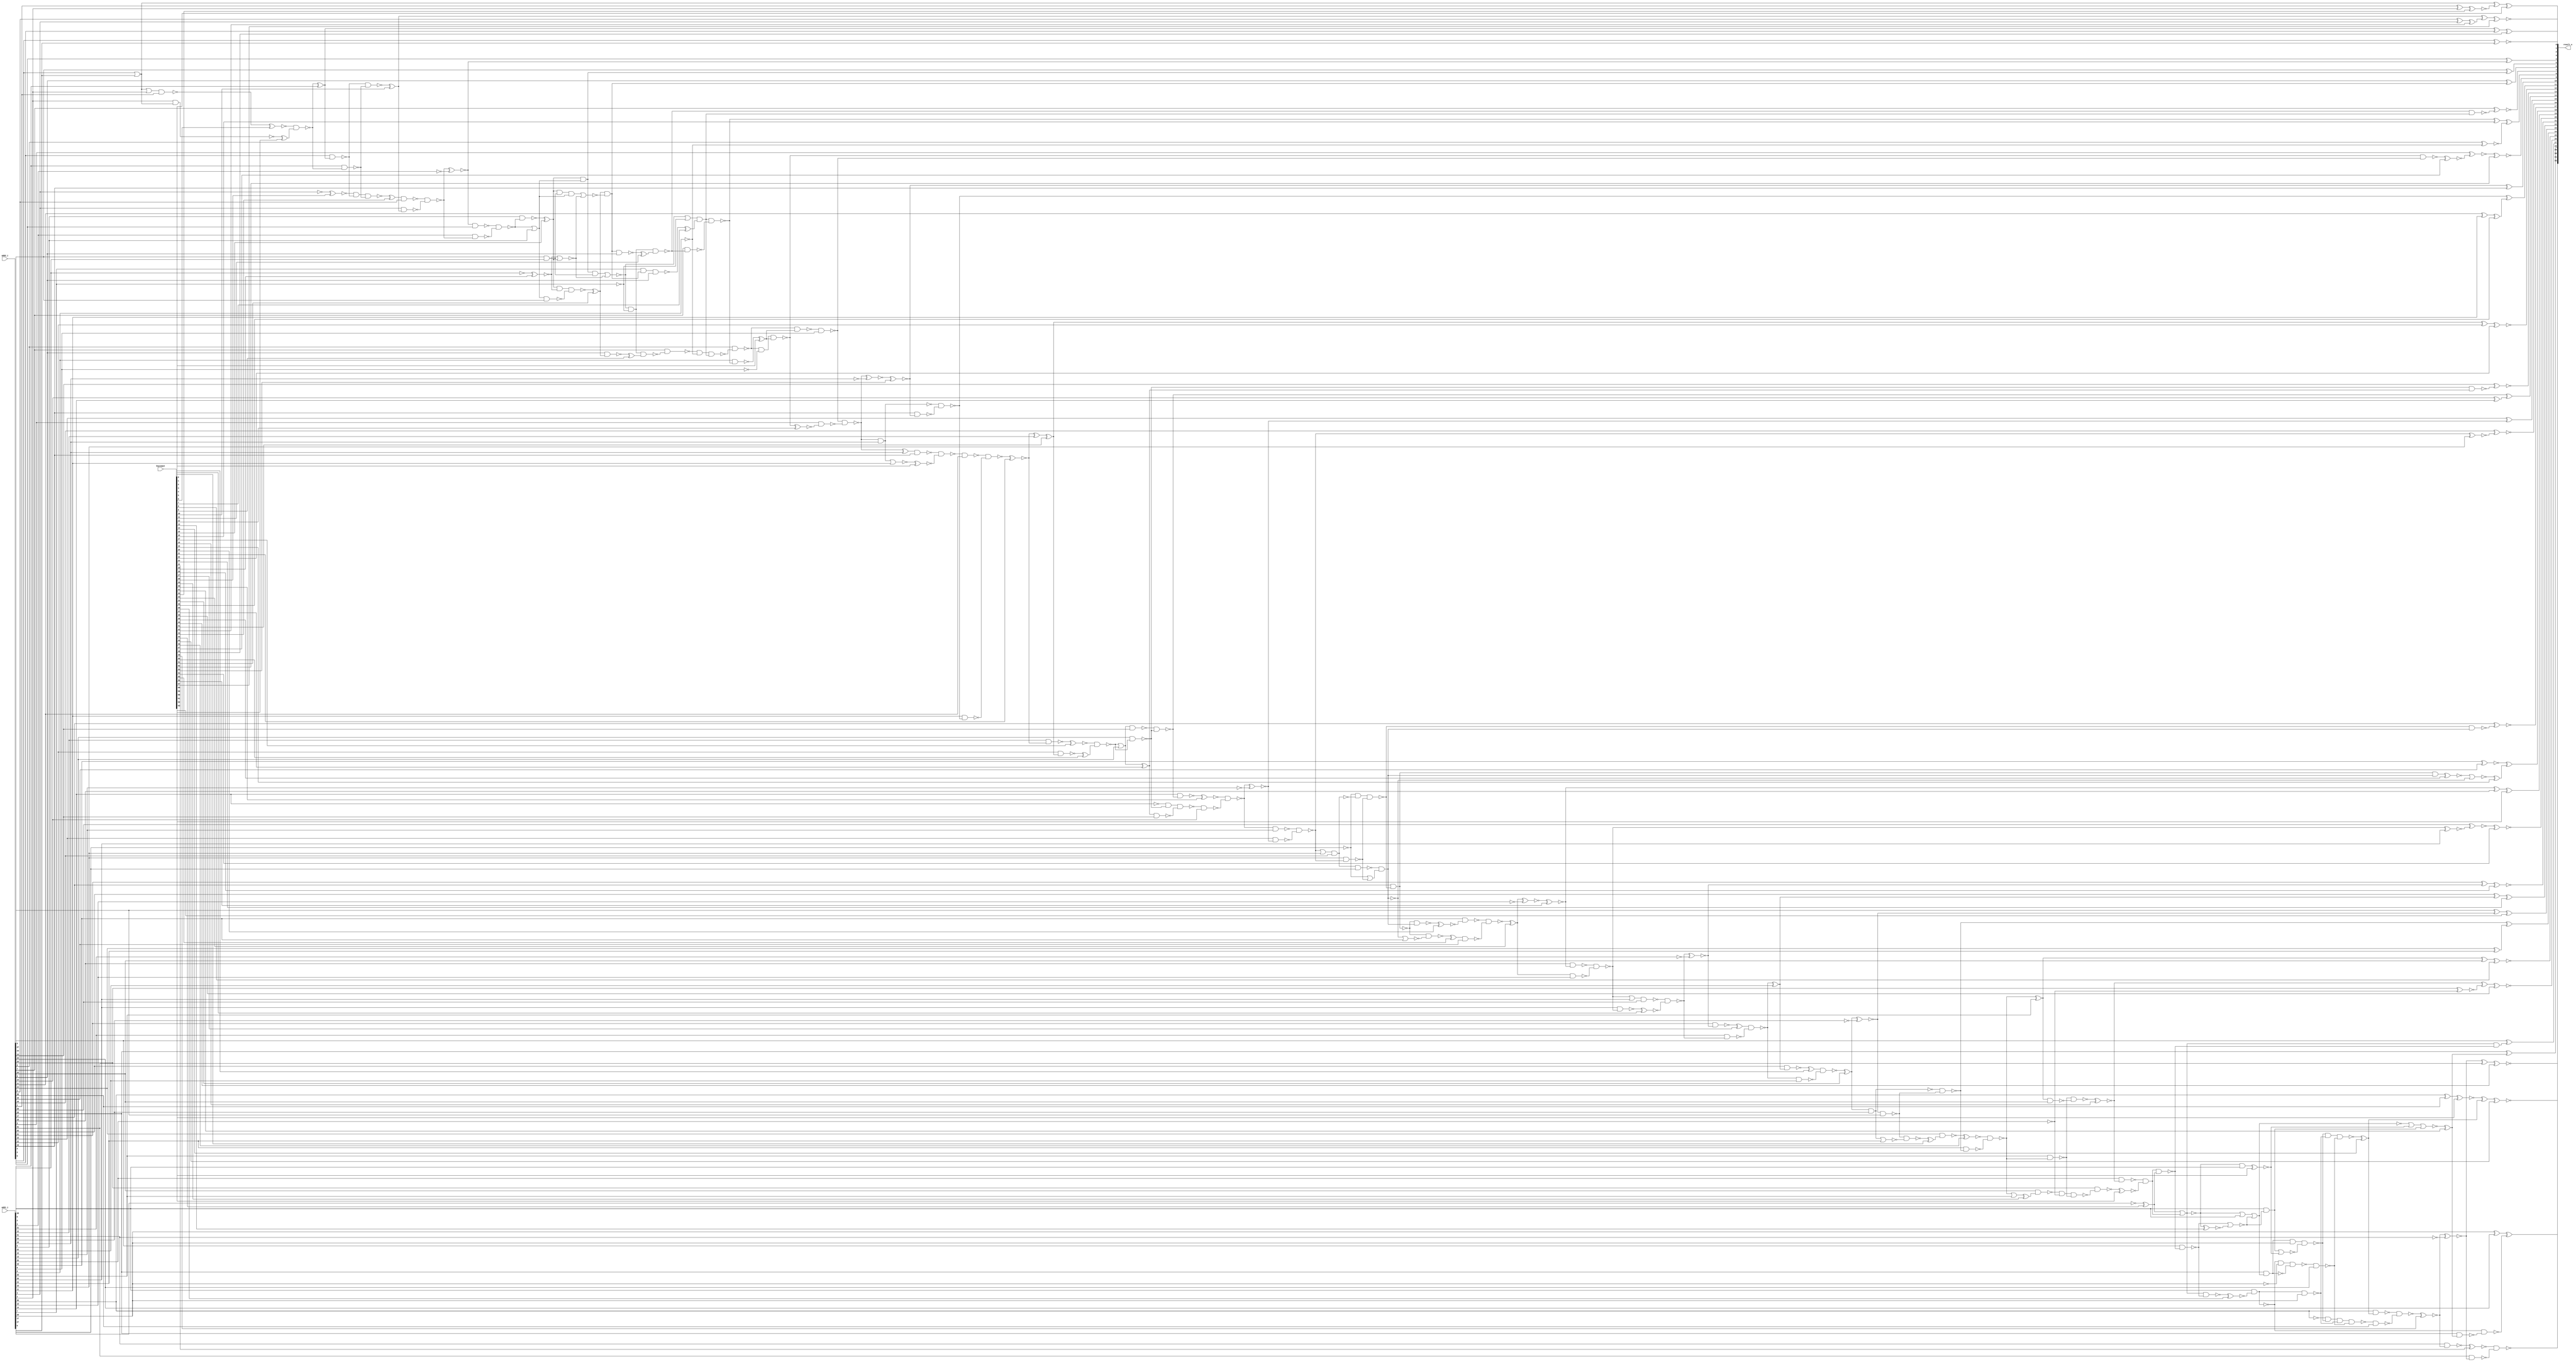
// Verilog File 
module ripple_carry_adder32_xor_enc64(add1_i,add2_i,keyinput,result_o);

input [31:0] add1_i, add2_i;
input [63:0] keyinput;


output [32:0] result_o;

wire n886, xenc16, n812, n816, n817, xenc10, xenc42, xenc57, n820, 
n837, xenc48, xenc31, n846, xenc18, n857, xenc38, n859, xenc8, n863, 
n864, n867, xenc63, n871, xenc23, n875, xenc26, xenc32, xenc2, n887, 
xenc56, xenc59, n894, xenc19, n907, n912, n913, xenc41, xenc22, n926, 
xenc35, n927, xenc53, n960, n796, n992, n841, n1002, n915, n1001, 
n911, n836, n998, n995, n931, n977, xenc28, n959, n958, n957, 
n965, xenc36, n996, n800, n900, n901, n893, n966, n974, n928, 
xenc15, n988, n948, n985, n967, n1000, n865, n902, n969, n976, 
n830, n827, n937, xenc51, n938, xenc21, n921, n872, n855, n968, 
xenc58, n980, n840, n983, n818, n904, n903, n799, n896, n881, 
n880, n823, xenc40, n849, xenc61, n848, n1003, n970, n897, xenc30, 
n910, n971, n815, n936, n972, n973, xenc5, n925, xenc46, n860, 
n975, n941, xenc7, n892, n978, n890, n979, n990, n991, n981, 
n982, n986, n984, xenc25, n987, n918, n989, xenc13, xenc44, n916, 
n845, n847, n993, n933, n801, xenc1, n994, n831, n997, n999, 
n862, xenc37, n954, n1005, n1004, n930, n876, n1006, n1007, xenc33, 
n884, xenc49, n1012, n1011, n833, n834, n835, n851, n850, n852, 
n798, n853, n951, xenc62, xenc14, xenc45, n1008, n1009, n832, n802, 
xenc54, n939, n944, n940, xenc29, n945, n803, n898, n917, n1010, 
n814, xenc47, xenc52, n797, n947, n943, n888, n889, n885, xenc34, 
n879, n924, n923, n922, xenc0, n861, n825, n826, n824, xenc43, 
n956, n914, n955, n952, n873, xenc55, n919, xenc6, xenc60, n963, 
n962, n877, xenc3, n821, n866, n810, n932, n946, n839, xenc4, 
n869, n868, n905, n953, n819, n828, xenc20, n891, xenc17, xenc50, 
n935, n811, n934, n858, n856, n854, xenc27, n878, n929, n809, 
xenc24, n822, n808, n883, n882, n906, xenc12, n961, xenc39, n895, 
n870, n874, n909, n920, xenc9, xenc11, n942;

or g0(n886, add2_i[0], add1_i[0]);
xor g1(result_o[8], xenc16, n812);
xor g2(result_o[6], add2_i[6], n816);
xor g3(result_o[5], add2_i[5], n817);
xor g4(xenc57, xenc10, xenc42);
xor g5(n820, add2_i[3], add1_i[3]);
xor g6(xenc48, n837, add2_i[2]);
xor g7(result_o[28], add2_i[28], xenc31);
xor g8(result_o[27], add2_i[27], n846);
xor g9(xenc38, xenc18, n857);
xor g10(xenc8, n859, add2_i[25]);
xor g11(result_o[24], n863, n864);
xor g12(n864, add2_i[24], add1_i[24]);
xor g13(xenc63, add2_i[23], n867);
xor g14(xenc23, add2_i[22], n871);
xor g15(xenc26, add2_i[21], n875);
xor g16(xenc2, n886, xenc32);
xor g17(n887, add2_i[1], add1_i[1]);
xor g18(xenc59, xenc56, add2_i[19]);
xor g19(result_o[18], n894, xenc19);
xor g20(result_o[15], add2_i[15], n907);
xor g21(result_o[14], n912, n913);
xor g22(n913, add2_i[14], add1_i[14]);
xor g23(xenc22, xenc41, add2_i[12]);
xor g24(result_o[11], n926, xenc35);
xor g25(n927, add2_i[11], add1_i[11]);
xor g26(result_o[10], xenc53, add2_i[10]);
xor g27(n837, n960, add1_i[2]);
nand g28(n841, n796, n992);
nand g29(n911, n1002, n915, n1001);
nand g30(n995, n836, add2_i[28], add1_i[29], n998);
xor g31(n977, n931, add1_i[10]);
nand g32(n957, xenc28, n959, n958);
not g33(n965, add1_i[3]);
nand g34(n996, xenc36, add1_i[28], add1_i[29]);
nand g35(n893, n800, n900, n901);
nor g36(n974, n966, add1_i[11]);
not g37(n966, n928);
and g38(n985, xenc15, n988, n948);
nor g39(n1000, n967, add1_i[24]);
not g40(n967, n865);
nand g41(n969, n902, add2_i[16], add1_i[17]);
nand g42(n827, n976, n995, n996, n830);
nand g43(n938, n937, xenc51, add2_i[6]);
xor g44(n921, xenc21, add1_i[12]);
xor g45(n871, n872, add1_i[22]);
xor g46(n859, n855, add1_i[25]);
nor g47(n840, n968, xenc58, n980);
not g48(n968, n983);
xnor g49(result_o[0], add2_i[0], add1_i[0]);
xor g50(result_o[4], add2_i[4], n818);
xnor g51(n903, n904, add1_i[16]);
and g52(n896, add2_i[17], n893, n799);
xnor g53(n880, n881, add1_i[20]);
xor g54(xenc40, n823, add2_i[31]);
and g55(n848, n849, xenc61);
not g56(n1003, add1_i[4]);
nand g57(n897, n969, n970);
or g58(n970, n800, n901);
nand g59(n971, xenc30, n910);
nand g60(n972, n815, n936);
nand g61(n973, n977, add2_i[10]);
nand g62(n925, n973, xenc5);
nand g63(n975, xenc46, n860);
not g64(n976, add1_i[30]);
and g65(n815, n941, xenc7);
and g66(n816, xenc51, n937);
nand g67(n890, n892, n978);
nor g68(n978, n897, add1_i[18]);
and g69(n979, n817, n988);
nor g70(n998, n980, xenc58);
and g71(n980, add1_i[28], n990);
and g72(n981, n991, add1_i[28]);
or g73(n982, n991, add1_i[28], n990);
or g74(n983, n991, add1_i[28], n990);
or g75(n836, n991, add1_i[28], n990);
nor g76(n984, n979, n986);
nor g77(n937, n985, n986);
nor g78(n986, xenc25, xenc15);
not g79(n987, add1_i[6]);
and g80(n988, add2_i[5], add1_i[6]);
or g81(n989, n918, add1_i[13]);
nor g82(n990, n992, xenc13);
nor g83(n991, xenc44, n848);
or g84(n916, n918, add1_i[13]);
nor g85(n845, xenc44, n848);
nand g86(n992, add2_i[27], n847);
nand g87(n993, xenc30, n910);
nand g88(n994, n933, n801, xenc1);
and g89(n831, n995, n996);
not g90(n997, add1_i[29]);
nand g91(n999, n867, add2_i[23]);
nand g92(n862, n999, n1000);
nand g93(n1001, xenc37, add2_i[13]);
not g94(n1002, add1_i[14]);
xnor g95(n818, n954, n1003);
not g96(n1005, add1_i[21]);
not g97(n1004, add1_i[10]);
xnor g98(n930, n931, n1004);
xnor g99(n875, n876, n1005);
not g100(n1006, add1_i[19]);
not g101(n1007, add1_i[31]);
xnor g102(n884, xenc33, n1006);
xnor g103(n823, xenc49, n1007);
not g104(n1012, add1_i[15]);
not g105(n1011, add1_i[23]);
nand g106(n830, n833, add2_i[29]);
nand g107(n833, n834, n997, n835);
nand g108(n850, add2_i[26], n851);
nand g109(n851, n852, n798, n853);
not g110(n801, add1_i[9]);
xnor g111(n857, add2_i[26], n798);
or g112(n948, n951, add1_i[5]);
xor g113(xenc45, xenc62, xenc14);
xor g114(n1008, add1_i[30], add2_i[30]);
xor g115(result_o[29], n1009, n832);
xor g116(n1009, add1_i[29], add2_i[29]);
nand g117(n834, add1_i[28], xenc36);
not g118(n802, add1_i[8]);
xnor g119(xenc54, add2_i[20], n880);
nand g120(n933, add2_i[8], n939);
nand g121(n940, add2_i[7], n944);
nand g122(n852, add2_i[25], xenc29);
nand g123(n945, add2_i[6], xenc51);
not g124(n803, add1_i[7]);
xnor g125(n894, add1_i[18], add2_i[18]);
xnor g126(result_o[17], add2_i[17], n898);
xnor g127(result_o[13], add2_i[13], n917);
xnor g128(result_o[16], add2_i[16], n903);
not g129(n800, add1_i[17]);
xnor g130(n812, add2_i[8], n802);
not g131(n798, add1_i[26]);
xnor g132(result_o[7], add2_i[7], n1010);
nand g133(n1010, n814, n815);
xnor g134(xenc52, add2_i[9], xenc47);
not g135(n797, add1_i[27]);
nand g136(n943, xenc15, xenc25, n947);
nand g137(n885, n888, n889);
xnor g138(n867, xenc34, n1011);
xnor g139(n907, n993, n1012);
or g140(n902, n904, add1_i[16]);
or g141(n879, n881, add1_i[20]);
nand g142(n917, n915, xenc37);
nand g143(n910, n911, add2_i[14]);
nand g144(n924, n925, add2_i[11]);
nand g145(n922, n924, n923);
nand g146(n855, xenc46, n860);
nand g147(n861, add2_i[24], xenc0);
nand g148(n947, n948, add2_i[5]);
nand g149(n824, n825, n826);
nand g150(n956, xenc43, add2_i[3]);
nand g151(n914, n916, add2_i[13]);
and g152(n846, n796, n847);
nand g153(n826, n827, add2_i[30]);
and g154(n817, xenc15, n948);
nand g155(n958, add1_i[2], n960);
nand g156(n954, n956, n955);
nand g157(n952, add1_i[4], n954);
nand g158(n847, n848, xenc44);
nand g159(n873, add1_i[21], n876);
nand g160(n889, xenc55, add2_i[18]);
nand g161(n919, add1_i[12], xenc21);
nand g162(n912, n914, n915);
nand g163(n900, n902, add2_i[16]);
nand g164(n960, xenc6, xenc60);
nand g165(n962, n963, add2_i[1]);
nand g166(n876, n877, xenc3);
nand g167(n877, n879, add2_i[20]);
nand g168(n821, add1_i[31], xenc49);
nand g169(n863, n865, n866);
nand g170(n865, xenc34, add1_i[23]);
nand g171(n928, n931, add1_i[10]);
nand g172(n931, n810, n932);
nand g173(n939, n940, n802, n815);
nand g174(n946, add1_i[5], n951);
nand g175(n832, n834, n839);
nand g176(n868, xenc4, n869);
nand g177(n869, n872, add1_i[22]);
nand g178(n905, n971, add1_i[15]);
nand g179(n915, add1_i[13], n918);
nand g180(n951, n953, n952);
nand g181(n819, n959, n958);
nand g182(n828, n831, n830);
nand g183(n839, add2_i[28], xenc31);
nand g184(n849, add1_i[26], xenc18);
nand g185(n888, add1_i[18], xenc20);
nand g186(n891, n892, n799);
nand g187(n918, xenc17, xenc50);
nand g188(n810, n935, add1_i[9]);
nand g189(n934, add1_i[8], n811);
nand g190(n898, n893, n799);
nand g191(n835, add2_i[28], n982);
nand g192(n856, n853, n858);
nand g193(n853, add1_i[25], n975);
or g194(n854, n975, add1_i[25]);
nand g195(n872, xenc27, n873);
nand g196(n878, add1_i[20], n881);
nand g197(n892, add2_i[17], n893);
nand g198(n926, n928, n929);
nand g199(n935, n933, xenc1);
nand g200(n809, n933, n801, xenc1);
nand g201(n811, n815, n936);
nand g202(result_o[32], xenc24, n822);
nand g203(n808, n994, n810);
nand g204(n860, add1_i[24], n863);
nand g205(n881, n883, n882);
nand g206(n883, add2_i[19], xenc56);
nand g207(n901, add1_i[16], n904);
nand g208(n904, n905, n906);
nand g209(n923, add1_i[11], n926);
nand g210(n932, add2_i[9], xenc12);
nand g211(n936, add2_i[7], n814);
nand g212(n955, add1_i[3], xenc10);
nand g213(n961, add1_i[1], n886);
or g214(n963, n886, add1_i[1]);
nand g215(n822, add2_i[31], n823);
nor g216(n895, xenc39, n897);
nand g217(n825, add1_i[30], xenc14);
not g218(n796, n991);
nand g219(n858, n859, add2_i[25]);
nand g220(n866, add2_i[23], n867);
nand g221(n870, add2_i[22], n871);
nand g222(n874, add2_i[21], n875);
nand g223(n882, xenc33, add1_i[19]);
not g224(n799, n897);
nand g225(n906, add2_i[15], n907);
nand g226(n909, add1_i[14], n912);
nand g227(n920, add2_i[12], xenc41);
nand g228(n929, add2_i[10], xenc53);
nand g229(n944, n984, n803, xenc9);
nand g230(n814, n984, n803, xenc11);
nand g231(n942, add1_i[7], n816, add2_i[6]);
or g232(n941, n984, n803);
nand g233(n953, n818, add2_i[4]);
nand g234(n959, add2_i[2], n837);
xor g235(xenc0, n862, keyinput[0]);
xor g236(xenc1, n934, keyinput[1]);
xor g237(result_o[1], xenc2, keyinput[2]);
xnor g238(xenc3, n878, keyinput[3]);
xor g239(xenc4, n870, keyinput[4]);
xnor g240(xenc5, n974, keyinput[5]);
xnor g241(xenc6, n962, keyinput[6]);
xor g242(xenc7, n942, keyinput[7]);
xnor g243(result_o[25], xenc8, keyinput[8]);
xor g244(xenc9, n945, keyinput[9]);
xor g245(xenc10, n819, keyinput[10]);
xor g246(xenc11, n938, keyinput[11]);
xnor g247(xenc12, n809, keyinput[12]);
xnor g248(xenc13, n845, keyinput[13]);
xor g249(xenc14, n828, keyinput[14]);
xor g250(xenc15, n946, keyinput[15]);
xor g251(xenc16, n972, keyinput[16]);
xnor g252(xenc17, n919, keyinput[17]);
xnor g253(xenc18, n856, keyinput[18]);
xor g254(xenc19, n895, keyinput[19]);
xnor g255(xenc20, n891, keyinput[20]);
xnor g256(xenc21, n922, keyinput[21]);
xnor g257(result_o[12], xenc22, keyinput[22]);
xor g258(result_o[22], xenc23, keyinput[23]);
xnor g259(xenc24, n821, keyinput[24]);
xnor g260(xenc25, n987, keyinput[25]);
xnor g261(result_o[21], xenc26, keyinput[26]);
xor g262(xenc27, n874, keyinput[27]);
xnor g263(xenc28, n965, keyinput[28]);
xor g264(xenc29, n854, keyinput[29]);
xnor g265(xenc30, n909, keyinput[30]);
xor g266(xenc31, n840, keyinput[31]);
xnor g267(xenc32, n887, keyinput[32]);
xor g268(xenc33, n885, keyinput[33]);
xor g269(xenc34, n868, keyinput[34]);
xor g270(xenc35, n927, keyinput[35]);
xnor g271(xenc36, n841, keyinput[36]);
xor g272(xenc37, n989, keyinput[37]);
xnor g273(result_o[26], xenc38, keyinput[38]);
xnor g274(xenc39, n896, keyinput[39]);
xnor g275(result_o[31], xenc40, keyinput[40]);
xor g276(xenc41, n921, keyinput[41]);
xor g277(xenc42, n820, keyinput[42]);
xor g278(xenc43, n957, keyinput[43]);
xor g279(xenc44, n797, keyinput[44]);
xnor g280(result_o[30], xenc45, keyinput[45]);
xnor g281(xenc46, n861, keyinput[46]);
xnor g282(xenc47, n808, keyinput[47]);
xor g283(result_o[2], xenc48, keyinput[48]);
xnor g284(xenc49, n824, keyinput[49]);
xor g285(xenc50, n920, keyinput[50]);
xor g286(xenc51, n943, keyinput[51]);
xnor g287(result_o[9], xenc52, keyinput[52]);
xnor g288(xenc53, n930, keyinput[53]);
xnor g289(result_o[20], xenc54, keyinput[54]);
xor g290(xenc55, n890, keyinput[55]);
xnor g291(xenc56, n884, keyinput[56]);
xnor g292(result_o[3], xenc57, keyinput[57]);
xnor g293(xenc58, n981, keyinput[58]);
xor g294(result_o[19], xenc59, keyinput[59]);
xor g295(xenc60, n961, keyinput[60]);
xnor g296(xenc61, n850, keyinput[61]);
xnor g297(xenc62, n1008, keyinput[62]);
xor g298(result_o[23], xenc63, keyinput[63]);
endmodule